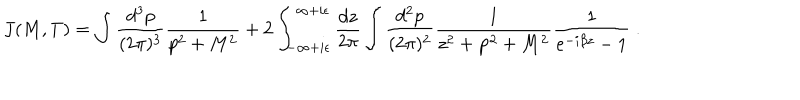
J ( M , T ) = \int \frac { d ^ { 3 } p } { ( 2 \pi ) ^ { 3 } } \frac { 1 } { p ^ { 2 } + M ^ { 2 } } + 2 \int _ { - \infty + i \epsilon } ^ { \infty + i \epsilon } \frac { d z } { 2 \pi } \int \frac { d ^ { 2 } p } { ( 2 \pi ) ^ { 2 } } \frac { 1 } { z ^ { 2 } + { \bf p } ^ { 2 } + M ^ { 2 } } \frac { 1 } { e ^ { - i \beta z } - 1 } \; .